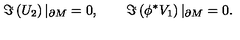
\Im \left( U _ { 2 } \right) | _ { \partial M } = 0 , \qquad \Im \left( \phi ^ { * } V _ { 1 } \right) | _ { \partial M } = 0 .